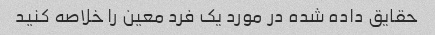
حقایق داده شده در مورد یک فرد معین را خلاصه کنید